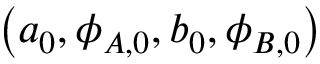
\left( a _ { 0 } , \phi _ { A , 0 } , b _ { 0 } , \phi _ { B , 0 } \right)